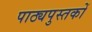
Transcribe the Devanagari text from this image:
पाठ्यपुस्‍तकों